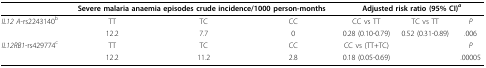
|  | <COLSPAN=3> Severe malaria anaemia episodes crude incidence/1000 person-months | <COLSPAN=3> Adjusted risk ratio (95% CI)a |
 | --- | --- | --- | --- | --- | --- | --- |
 | IL12 A-rs2243140b | TT | TC | CC | CC vs TT | TC vs TT | P |
 |  | 12.2 | 7.7 | 0 | 0.28 (0.10-0.79) | 0.52 (0.31-0.89) | .006 |
 | IL12RB1-rs429774c | TT | TC | CC | CC vs (TT+TC) |  | P |
 |  | 12.2 | 11.2 | 2.8 | 0.18 (0.05-0.69) |  | .00005 |